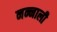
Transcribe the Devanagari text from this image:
नन्नाली